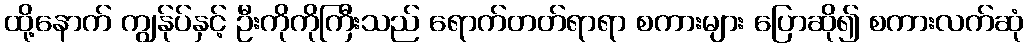
ထို့နောက် ကျွန်ုပ်နှင့် ဦးကိုကိုကြီးသည် ရောက်တတ်ရာရာ စကားများ ပြောဆို၍ စကားလက်ဆုံ